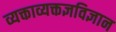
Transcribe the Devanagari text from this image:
व्यक्ताव्यक्तज्ञविज्ञान